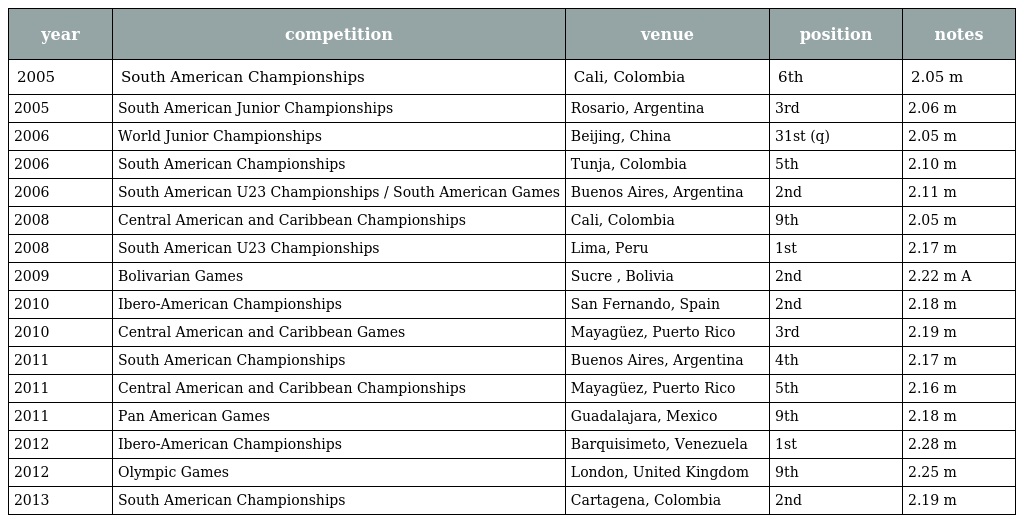
| year | competition | venue | position | notes |
 | --- | --- | --- | --- | --- |
 | 2005 | South American Championships | Cali, Colombia | 6th | 2.05 m |
 | 2005 | South American Junior Championships | Rosario, Argentina | 3rd | 2.06 m |
 | 2006 | World Junior Championships | Beijing, China | 31st (q) | 2.05 m |
 | 2006 | South American Championships | Tunja, Colombia | 5th | 2.10 m |
 | 2006 | South American U23 Championships / South American Games | Buenos Aires, Argentina | 2nd | 2.11 m |
 | 2008 | Central American and Caribbean Championships | Cali, Colombia | 9th | 2.05 m |
 | 2008 | South American U23 Championships | Lima, Peru | 1st | 2.17 m |
 | 2009 | Bolivarian Games | Sucre , Bolivia | 2nd | 2.22 m A |
 | 2010 | Ibero-American Championships | San Fernando, Spain | 2nd | 2.18 m |
 | 2010 | Central American and Caribbean Games | Mayagüez, Puerto Rico | 3rd | 2.19 m |
 | 2011 | South American Championships | Buenos Aires, Argentina | 4th | 2.17 m |
 | 2011 | Central American and Caribbean Championships | Mayagüez, Puerto Rico | 5th | 2.16 m |
 | 2011 | Pan American Games | Guadalajara, Mexico | 9th | 2.18 m |
 | 2012 | Ibero-American Championships | Barquisimeto, Venezuela | 1st | 2.28 m |
 | 2012 | Olympic Games | London, United Kingdom | 9th | 2.25 m |
 | 2013 | South American Championships | Cartagena, Colombia | 2nd | 2.19 m |